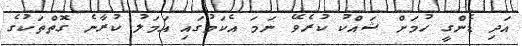
އަދި ޑެންގީ ހުމަށް ޝައްކު ކުރެވޭ ނަމަ އެކަމުގައި އަމަލު ކުރާނެ ގޮތްތަކުގެ